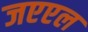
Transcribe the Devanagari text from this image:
जएएल